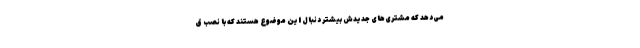
می‌دهد که مشتری‌های جدیدش بیشتر دنبال این موضوع هستند که با نصب ق